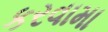
કરવામા